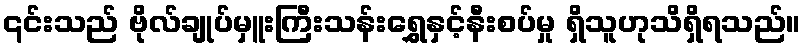
၎င်းသည် ဗိုလ်ချုပ်မှူးကြီးသန်းရွှေနှင့်နီးစပ်မှု ရှိသူဟုသိရှိရသည်။